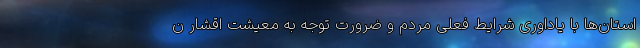
استان‌ها با یاداوری شرایط فعلی مردم و ضرورت توجه به معیشت اقشار ن